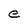
Character: e